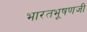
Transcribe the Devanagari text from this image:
भारतभूषणजी